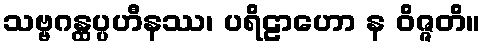
သဗ္ဗဂန္ထပ္ပဟီနဿ၊ ပရိဠာဟော န ဝိဇ္ဇတိ။